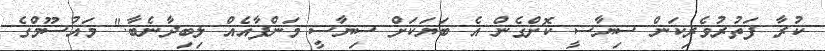
ކުރާ ފަތުރުވެރިކަން ސިޔާސީ ކޮށްގެން އެ ބަޔަކަށް ސިޔާސީ މަންފާއެއް ލިބިދާނެބާ." މައުސޫމްގެ